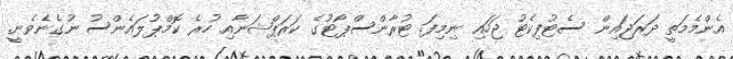
އެންމެމަތީ ދަރަޖައިން ސެޓުފިކެޓު ޖަހައި ނިމިފަ. ޓުރާންސްޕޯޓުގެ ކަރަޕްޝަނާއި ހުރެ ކޮމްޕުލައެންސު ނުގެނެވެނީ.